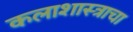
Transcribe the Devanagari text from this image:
कलाशास्त्राचा